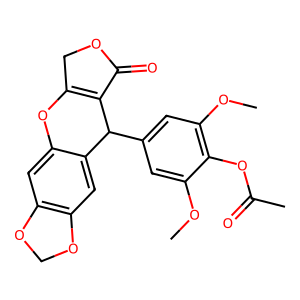
SMILES: COc1cc(C2C3=C(COC3=O)Oc3cc4c(cc32)OCO4)cc(OC)c1OC(C)=O
Inhibits HIV replication: No